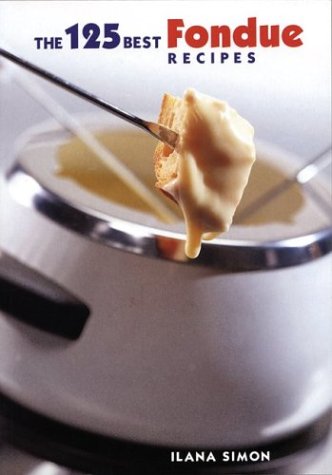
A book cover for The 125 Best Fondue Recipes; Ilana Simon; Cookbooks, Food & Wine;